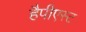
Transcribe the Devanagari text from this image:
हैपीएस्ट